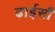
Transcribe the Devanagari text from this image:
ढाईसौ